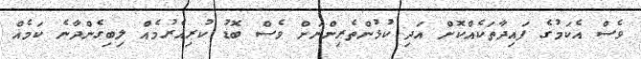
ވެސް އެކަމުގެ ފައިދާތަކެއްކޮށް އަދި ކުޅުންތެރިންނަށް ވެސް ބޮޑު ކުރިއެރުމެއް ލިބިގެންދާނެ ކަމެއް